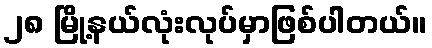
၂၈ မြို့နယ်လုံးလုပ်မှာဖြစ်ပါတယ်။